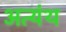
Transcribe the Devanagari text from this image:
अत्यंथ